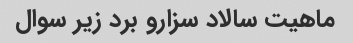
ماهیت سالاد سزارو برد زیر سوال